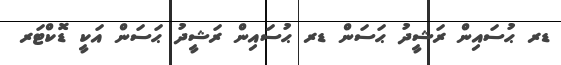
ޑރ ޙުސައިން ރަޝީދު ޙަސަން ޑރ ޙުސައިން ރަޝީދު ޙަސަން އަކީ ޑޮކްޓަރ